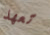
تعهد